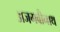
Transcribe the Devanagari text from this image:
अजगवीनाथ